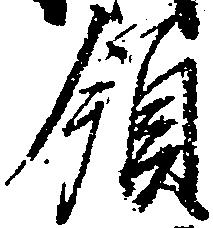
領